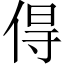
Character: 𠊚